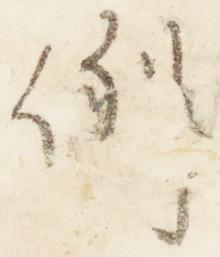
例